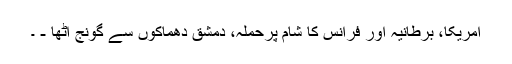
امریکا، برطانیہ اور فرانس کا شام پرحملہ، دمشق دھماکوں سے گونج اٹھا - ۔